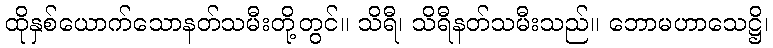
ထိုနှစ်ယောက်သောနတ်သမီးတို့တွင်။ သိရီ၊ သိရီနတ်သမီးသည်။ ဘောမဟာသေဋ္ဌိ၊